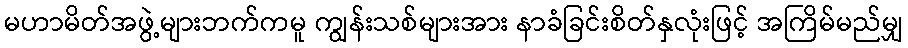
မဟာမိတ်အဖွဲ့များဘက်ကမူ ကျွန်းသစ်များအား နာခံခြင်းစိတ်နှလုံးဖြင့် အကြိမ်မည်မျှ